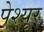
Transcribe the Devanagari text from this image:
पेश्यूर